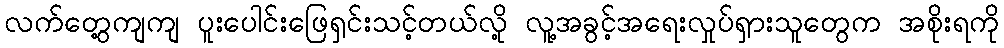
လက်တွေ့ကျကျ ပူးပေါင်းဖြေရှင်းသင့်တယ်လို့ လူ့အခွင့်အရေးလှုပ်ရှားသူတွေက အစိုးရကို